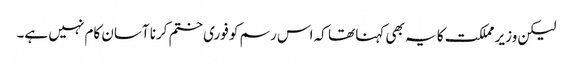
لیکن وزیر مملکت کا یہ بھی کہنا تھا کہ اس رسم کو فوری ختم کرنا آسان کام نہیں ہے۔